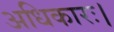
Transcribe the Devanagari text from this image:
अधिकारः।